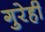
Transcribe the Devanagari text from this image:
गुरेही